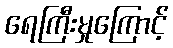
ရေကြီးမှုကြောင့်